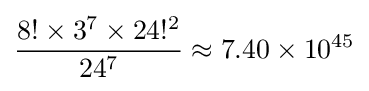
{\frac {8!\times 3^{7}\times 24!^{2}}{24^{7}}}\approx 7.40\times 10^{45}